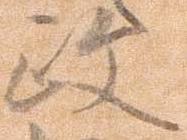
政